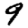
Digit: 9